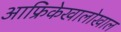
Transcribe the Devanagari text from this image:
आफ्रिकेखालोखाल